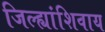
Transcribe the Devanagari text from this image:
जिल्ह्यांशिवाय